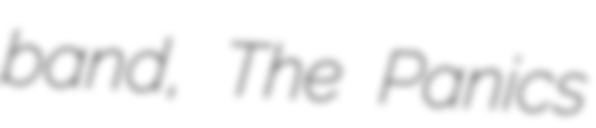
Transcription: band, The Panics